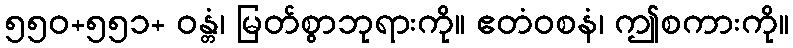
၅၅၀+၅၅၁+ ဝန္တံ၊ မြတ်စွာဘုရားကို။ ဧတံဝစနံ၊ ဤစကားကို။